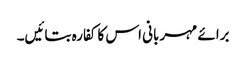
برائے مہربانی اس کا کفارہ بتائیں۔